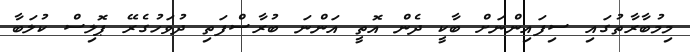
މިމުބާރާތުގައި ސިފައިންނަށް ބާކީ ދެން އޮތީ އަންނަ ބުރާސްފަތި ދުވަހުގެރޭ ޕޮލިސް ކުލަބާ